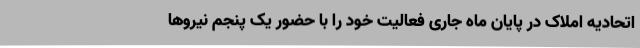
اتحادیه املاک در پایان ماه جاری فعالیت خود را با حضور یک پنجم نیروها